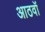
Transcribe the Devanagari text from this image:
आठवॉं